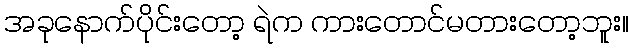
အခုနောက်ပိုင်းတော့ ရဲက ကားတောင်မတားတော့ဘူး။